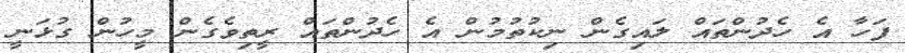
ފަހާ އެ ހެދުންތައް ލައިގެން ނިކުތުމުން އެ ހެދުންތައް ރީތިވެގެން މީހުން ގުޅަނީ